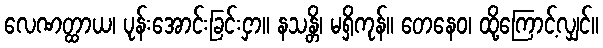
လေဏတ္ထာယ၊ ပုန်းအောင်းခြင်းငှာ။ နသန္တိ၊ မရှိကုန်။ တေနေဝ၊ ထို့ကြောင့်လျှင်။